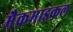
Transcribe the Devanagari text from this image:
मैकमाइकल